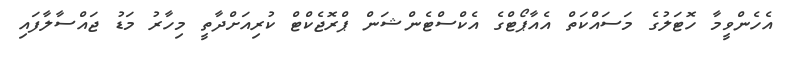
އެހެންވީމާ ހޮޓަލުގެ މަސައްކަތް އެއާޕޯޓްގެ އެކްސްޓެންޝަން ޕްރޮޖެކްޓް ކުރިއަށްދާތީ މިހާރު މަޑު ޖައްސާލާފައި